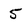
Character: 5